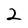
Character: 2